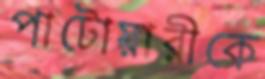
পাটোয়ারীকে